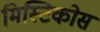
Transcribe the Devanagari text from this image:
मिस्टिकोस